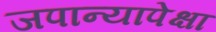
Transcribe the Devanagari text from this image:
जपान्यापेक्षा